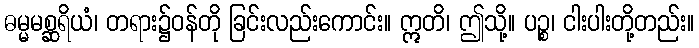
ဓမ္မမစ္ဆရိယံ၊ တရား၌ဝန်တို ခြင်းလည်းကောင်း။ ဣတိ၊ ဤသို့။ ပဉ္စ၊ ငါးပါးတို့တည်း။